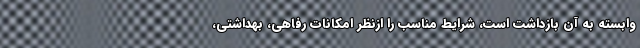
وابسته به آن بازداشت است، شرایط مناسب را ازنظر امکانات رفاهی، بهداشتی،